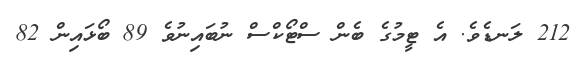
212 ލަނޑެވެ. އެ ޓީމުގެ ބެން ސްޓޯކްސް ނުބައިނުވެ 89 ބޯޅައިން 82